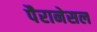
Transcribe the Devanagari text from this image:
पैरानेसल